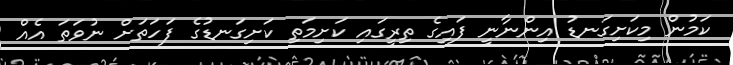
ކަމުން މިކަށިގަނޑު އިންނާނީ ފައިގެ ތިރީގައި ކަށިމަތި ކަށިގަނޑުގެ ފަހަތަށް ނުވަތަ އެއް